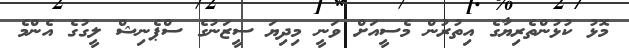
މޮޅު ކުޅުންތެރިޔާގެ އިތުރުން މެސީއަށް ވަނީ މިދިޔަ ސީޒަނުގެ ސްޕެނިޝް ލީގުގެ އެންމެ